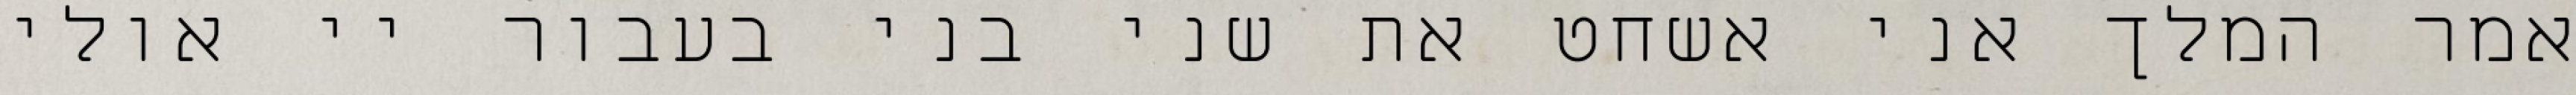
אמר המלך אני אשחט את שני בני בעבור יי אולי